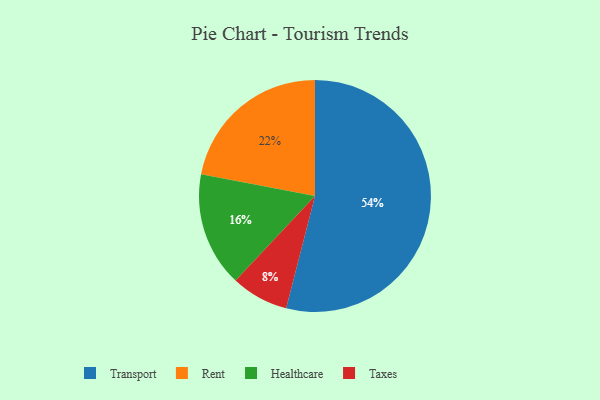
{"axis": {"x": "Category", "y": "Percentage"}, "legend": ["Healthcare", "Rent", "Taxes", "Transport"], "data": [{"x": "Taxes", "y": 8, "type": "Taxes"}, {"x": "Healthcare", "y": 16, "type": "Healthcare"}, {"x": "Transport", "y": 54, "type": "Transport"}, {"x": "Rent", "y": 22, "type": "Rent"}]}